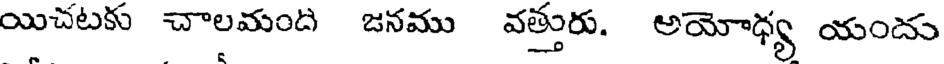
యిచటకు చాలమంది జనము వత్తురు. అయోధ్య యందు